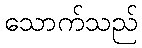
သောက်သည်